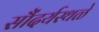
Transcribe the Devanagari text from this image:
सौंदर्यस्थळे